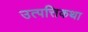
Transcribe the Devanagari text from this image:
उत्पत्तिकथा